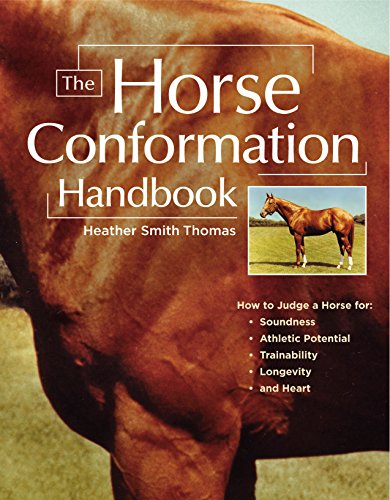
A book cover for The Horse Conformation Handbook; Heather Smith Thomas; Crafts, Hobbies & Home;